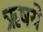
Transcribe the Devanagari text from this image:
ऋषये